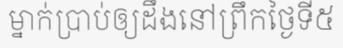
ម្នាក់ប្រាប់ឲ្យដឹងនៅព្រឹកថ្ងៃទី៥